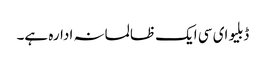
ڈبلیو ای سی ایک ظالمانہ ادارہ ہے۔